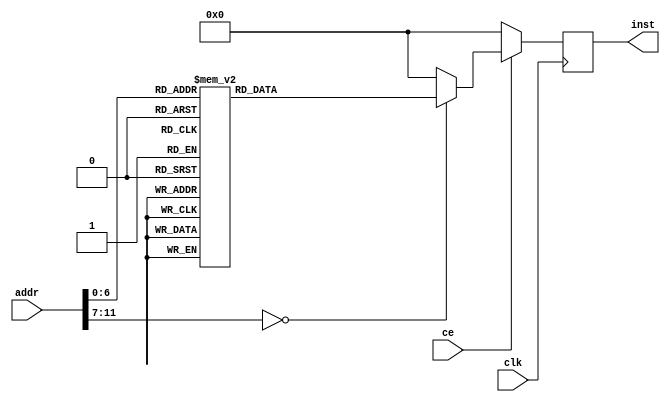
module rom(
    input wire clk,
    input wire ce,
    input wire[11:0] addr,
    output reg[31:0] inst
);

    always @(posedge clk) begin
        if (ce == 1'b0) begin
            inst <= 32'h00000000; 
        end else begin
            case (addr)
                10'h0: inst <= 32'h00000000;
                10'h1: inst <= 32'h10000001;
                10'h2: inst <= 32'h00000000;
                10'h3: inst <= 32'h3c08beff;
                10'h4: inst <= 32'h3508fff8;
                10'h5: inst <= 32'h240900ff;
                10'h6: inst <= 32'had090000;
                10'h7: inst <= 32'h3c10be00;
                10'h8: inst <= 32'h240f0000;
                10'h9: inst <= 32'h020f7821;
                10'ha: inst <= 32'h8de90000;
                10'hb: inst <= 32'h8def0004;
                10'hc: inst <= 32'h000f7c00;
                10'hd: inst <= 32'h012f4825;
                10'he: inst <= 32'h3c08464c;
                10'hf: inst <= 32'h3508457f;
                10'h10: inst <= 32'h11090003;
                10'h11: inst <= 32'h00000000;
                10'h12: inst <= 32'h10000042;
                10'h13: inst <= 32'h00000000;
                10'h14: inst <= 32'h240f0038;
                10'h15: inst <= 32'h020f7821;
                10'h16: inst <= 32'h8df10000;
                10'h17: inst <= 32'h8def0004;
                10'h18: inst <= 32'h000f7c00;
                10'h19: inst <= 32'h022f8825;
                10'h1a: inst <= 32'h240f0058;
                10'h1b: inst <= 32'h020f7821;
                10'h1c: inst <= 32'h8df20000;
                10'h1d: inst <= 32'h8def0004;
                10'h1e: inst <= 32'h000f7c00;
                10'h1f: inst <= 32'h024f9025;
                10'h20: inst <= 32'h3252ffff;
                10'h21: inst <= 32'h240f0030;
                10'h22: inst <= 32'h020f7821;
                10'h23: inst <= 32'h8df30000;
                10'h24: inst <= 32'h8def0004;
                10'h25: inst <= 32'h000f7c00;
                10'h26: inst <= 32'h026f9825;
                10'h27: inst <= 32'h262f0008;
                10'h28: inst <= 32'h000f7840;
                10'h29: inst <= 32'h020f7821;
                10'h2a: inst <= 32'h8df40000;
                10'h2b: inst <= 32'h8def0004;
                10'h2c: inst <= 32'h000f7c00;
                10'h2d: inst <= 32'h028fa025;
                10'h2e: inst <= 32'h262f0010;
                10'h2f: inst <= 32'h000f7840;
                10'h30: inst <= 32'h020f7821;
                10'h31: inst <= 32'h8df50000;
                10'h32: inst <= 32'h8def0004;
                10'h33: inst <= 32'h000f7c00;
                10'h34: inst <= 32'h02afa825;
                10'h35: inst <= 32'h262f0004;
                10'h36: inst <= 32'h000f7840;
                10'h37: inst <= 32'h020f7821;
                10'h38: inst <= 32'h8df60000;
                10'h39: inst <= 32'h8def0004;
                10'h3a: inst <= 32'h000f7c00;
                10'h3b: inst <= 32'h02cfb025;
                10'h3c: inst <= 32'h12800010;
                10'h3d: inst <= 32'h00000000;
                10'h3e: inst <= 32'h12a0000e;
                10'h3f: inst <= 32'h00000000;
                10'h40: inst <= 32'h26cf0000;
                10'h41: inst <= 32'h000f7840;
                10'h42: inst <= 32'h020f7821;
                10'h43: inst <= 32'h8de80000;
                10'h44: inst <= 32'h8def0004;
                10'h45: inst <= 32'h000f7c00;
                10'h46: inst <= 32'h010f4025;
                10'h47: inst <= 32'hae880000;
                10'h48: inst <= 32'h26d60004;
                10'h49: inst <= 32'h26940004;
                10'h4a: inst <= 32'h26b5fffc;
                10'h4b: inst <= 32'h1ea0fff4;
                10'h4c: inst <= 32'h00000000;
                10'h4d: inst <= 32'h26310020;
                10'h4e: inst <= 32'h2652ffff;
                10'h4f: inst <= 32'h1e40ffd7;
                10'h50: inst <= 32'h00000000;
                10'h51: inst <= 32'h02600008;
                10'h52: inst <= 32'h00000000;
                10'h53: inst <= 32'h1000ffff;
                10'h54: inst <= 32'h00000000;
                10'h55: inst <= 32'h1000ffff;
                10'h56: inst <= 32'h00000000;
                default: inst <= 32'h00000000;
            endcase
        end
    end

endmodule // rom